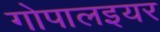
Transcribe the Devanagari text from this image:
गोपालइयर